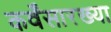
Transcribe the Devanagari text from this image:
कर्वेंसारख्या